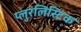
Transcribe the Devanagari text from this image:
प्लुरलिस्टिक